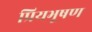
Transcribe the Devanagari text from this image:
प्रियभूषण